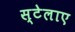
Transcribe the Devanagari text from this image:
स्टेलाए